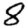
Digit: 8